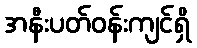
အနီးပတ်ဝန်းကျင်ရှိ